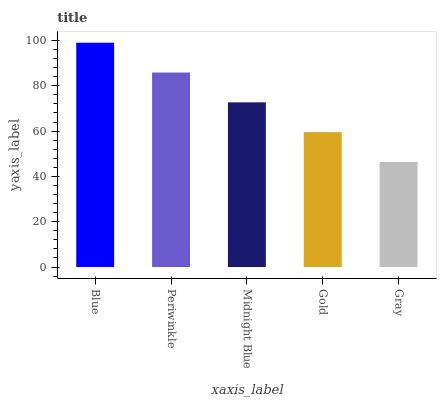
| xaxis_label | bars |
 | --- | --- |
 | Blue | 99 |
 | Periwinkle | 85.8 |
 | Midnight Blue | 72.7 |
 | Gold | 59.5 |
 | Gray | 46.4 |